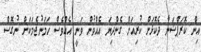
އިން ކޮރަޕްޝަނާ ދެކޮޅަށް ކުރިއަށް ގެންދިޔަ އެއްވުން ވަނީ އެއްވެސް ހަމަނުޖެމަކަށް ނުގޮސް